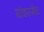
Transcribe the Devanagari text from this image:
ग्रांडरजीट